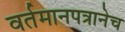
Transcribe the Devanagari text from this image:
वर्तमानपत्रानेच